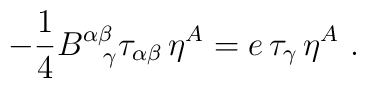
-{1\over 4} B^{\alpha\beta}_{~~\gamma} \tau_{\alpha\beta}\,\eta^A = e\,\tau_\gamma\,\eta^A~.